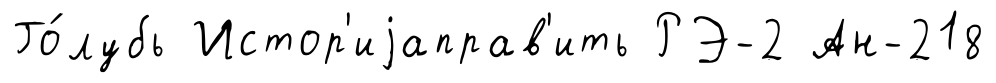
Го́лубь Истор'иjаправ'ить РЭ-2 Ан-218